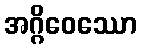
အဂ္ဂိဝေဿော